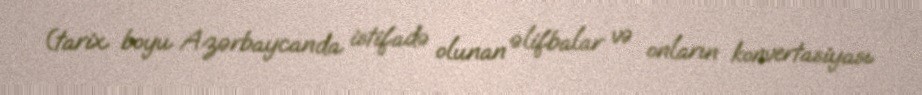
(tarix boyu Azərbaycanda istifadə olunan əlifbalar və onların konvertasiyası